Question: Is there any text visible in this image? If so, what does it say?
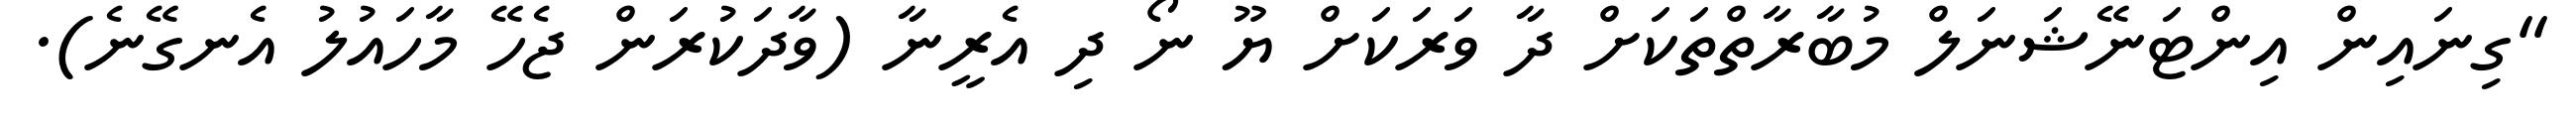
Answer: "ގިނައިން އިންޓަނޭޝަނަލް މުބާރާތްތަކަށް ދާ ވަރަކަށް ޔޫ ނޯ ދި އެރީނާ (ވާދަކުރަން ޖެހޭ މާހައުލު އެނގޭނެ).